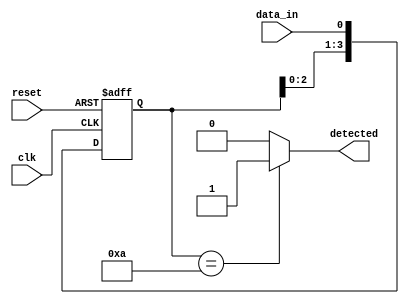
module pattern_detector #(
    parameter PATTERN_LENGTH = 4,  // Length of the pattern to detect
    parameter PATTERN = 4'b1010     // The pattern to detect (example: 1010)
)(
    input wire clk,                  // Clock signal
    input wire reset,                // Reset signal
    input wire data_in,              // Input data stream
    output reg detected              // Output signal indicating pattern detection
);

    // State storage using flip-flops
    reg [PATTERN_LENGTH-1:0] state;

    // Combinational logic to detect the pattern
    always @(*) begin
        if (state == PATTERN) begin
            detected = 1'b1; // Pattern detected
        end else begin
            detected = 1'b0; // Pattern not detected
        end
    end

    // Sequential logic to update the state on clock edge
    always @(posedge clk or posedge reset) begin
        if (reset) begin
            state <= 0; // Clear state on reset
        end else begin
            // Shift the state and add the new input
            state <= {state[PATTERN_LENGTH-2:0], data_in};
        end
    end

endmodule